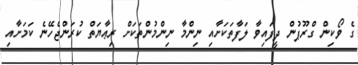
ގެ ވޯކިން ގްރޫޕުން ދީފައިވާ ލަފާތަކަށާއި ނިންމާ ނިންމުންތަކަށް ރިޢާޔަތް ކުރަންޖެހޭނެ ކަމަށާއި